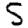
Digit: 5